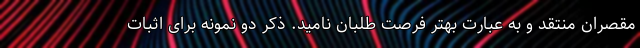
مقصران منتقد و به عبارت بهتر فرصت طلبان نامید. ذکر دو نمونه برای اثبات